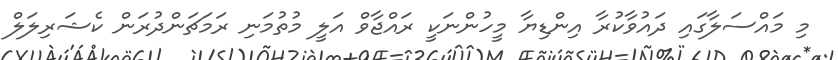
މި މައްސަލާގައި ދައުވާކުރާ އިންޑިޔާ މީހުންނަކީ ރައްޖާވް އަލީ މުތުމަނި ރަމަޗަންދުރަން ކެޝަރިލަލް